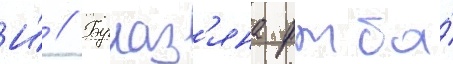
И́ // Бурназ'яна фмба́